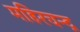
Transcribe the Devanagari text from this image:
महिरचन्द्र